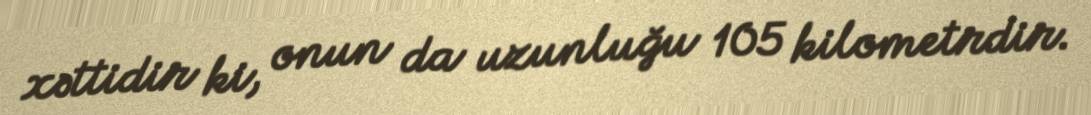
xəttidir ki, onun da uzunluğu 105 kilometrdir.